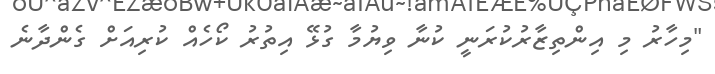
"މިހާރު މި އިންތިޒާރުކުރަނީ ކުނާ ވިޔުމާ ގުޅޭ އިތުރު ކޯހެއް ކުރިއަށް ގެންދާނެ